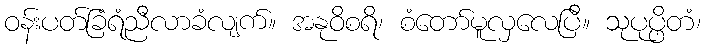
ဝန်းပတ်ခြံရံညီလာခံလျက်။ အနုဝိစရိ၊ စံတော်မူလှလေပြီ။ သုပုပ္ဖိတံ၊